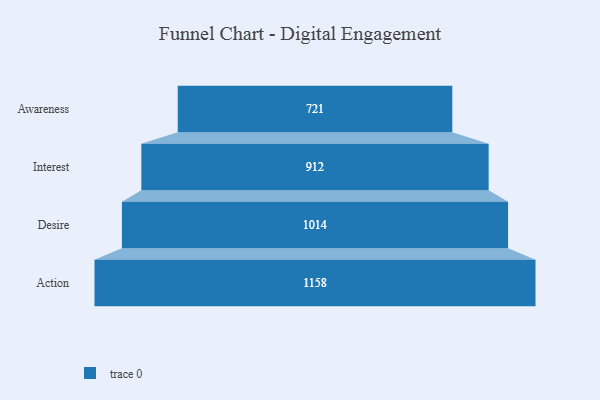
{"axis": {"x": "Stage", "y": "Value"}, "legend": [""], "data": [{"x": "Awareness", "y": 721.0, "type": ""}, {"x": "Interest", "y": 912.0, "type": ""}, {"x": "Desire", "y": 1014.0, "type": ""}, {"x": "Action", "y": 1158.0, "type": ""}]}